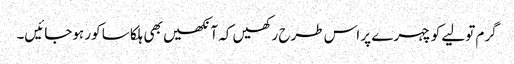
گرم تولیے کو چہرے پر اس طرح رکھیں کہ آنکھیں بھی ہلکا سا کور ہوجائیں۔